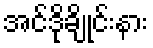
အင်ဒိုချိုင်းနား